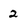
Character: 2